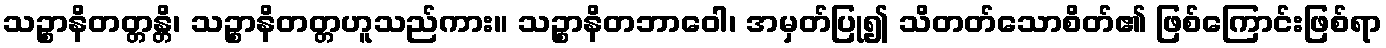
သဉ္စာနိတတ္တန္တိ၊ သဉ္စာနိတတ္တဟူသည်ကား။ သဉ္စာနိတဘာဝေါ၊ အမှတ်ပြု၍ သိတတ်သောစိတ်၏ ဖြစ်ကြောင်းဖြစ်ရာ